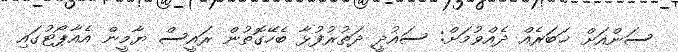
ސަންއަށް ޚަބަރެއް ދެއްވުމަށް: ސައުދީ ދަތުރުފުޅާ ބެހޭގޮތުން ރައީސް ޔާމީން އެއާޕޯޓުގައި